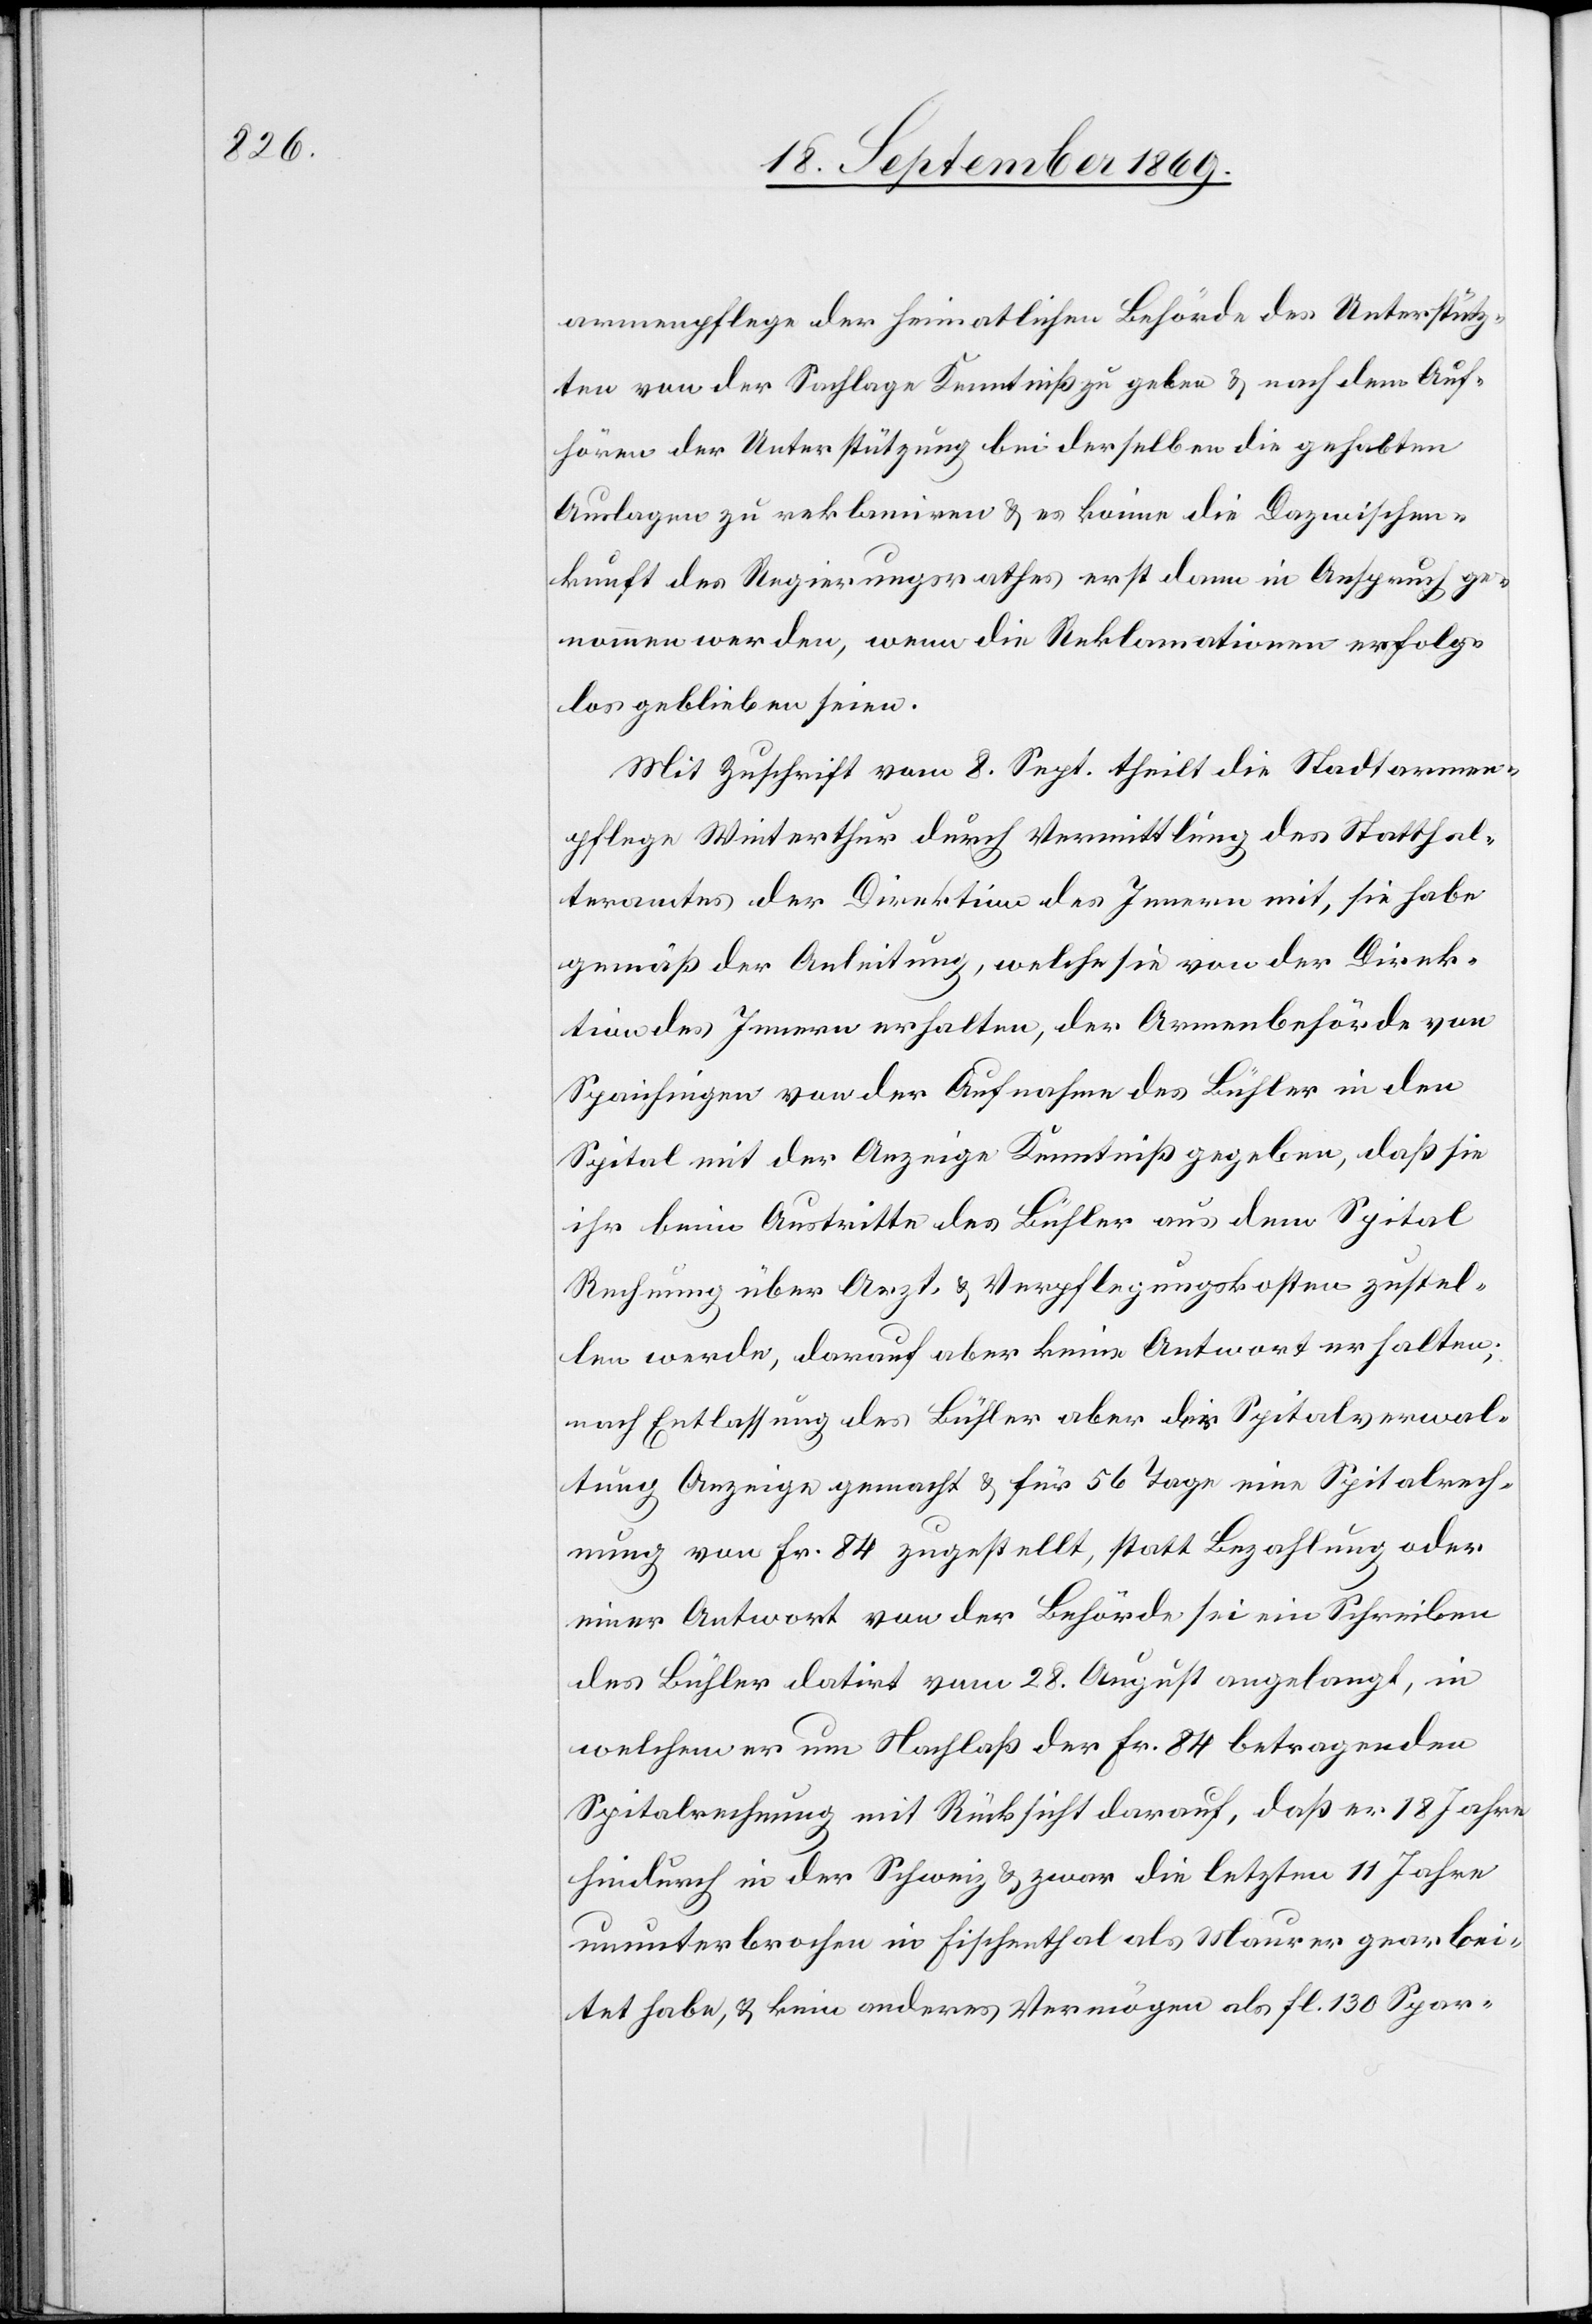
armenpflege der heimatlichen Behörde des Unterstütz¬
ten von der Sachlage Kenntniß zu geben & nach dem Auf¬
hören der Unterstützung bei derselben die gehabten
Auslagen zu reklamiren & es könne die Dazwischen¬
kunft des Regierungsrathes erst dann in Anspruch ge¬
nommen werden, wenn die Reklamationen erfolg¬
los geblieben seien.
Mit Zuschrift vom 8. Sept. theilt die Stadtarmen¬
pflege Winterthur durch Vermittlung des Statthal¬
teramtes der Direktion des Innern mit, sie habe
gemäß der Anleitung, welche sie von der Direk¬
tion des Innern erhalten, der Armenbehörde von
Spaichingen von der Aufnahme des Bühler in den
Spital mit der Anzeige Kenntniß gegeben, daß sie
ihr beim Austritte des Bühler aus dem Spital
Rechnung über Arzt & Verpflegungskosten zustel¬
len werde, darauf aber keine Antwort erhalten;
nach Entlassung des Bühler aber der Spitalverwal¬
tung Anzeige gemacht & für 56 Tage eine Spitalrech¬
nung von Fr. 84 zugestellt, statt Bezahlung oder
einer Antwort von der Behörde sei ein Schreiben
des Bühler datirt vom 28. August angelangt, in
welchem er um Nachlaß der Fr. 84 betragenden
Spitalrechnung mit Rücksicht darauf, daß er 18 Jahre
ununterbrochen in Fischenthal als Maurer gearbei¬
tet habe, & kein anderes Vermögen als fl. 130 Spar-